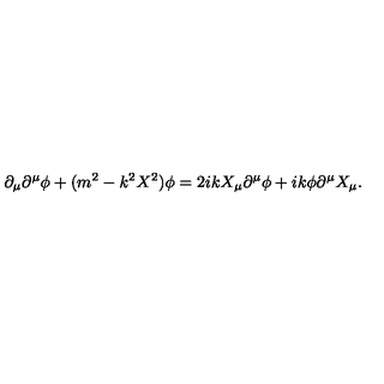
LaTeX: \partial _ { \mu } \partial ^ { \mu } \phi + ( m ^ { 2 } - k ^ { 2 } X ^ { 2 } ) \phi = 2 i k X _ { \mu } \partial ^ { \mu } \phi + i k \phi \partial ^ { \mu } X _ { \mu } .